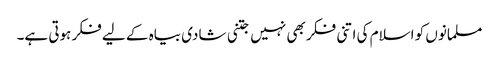
مسلمانوں کو اسلام کی اتنی فکر بھی نہیں جتنی شادی بیاہ کے لیے فکر ہوتی ہے۔